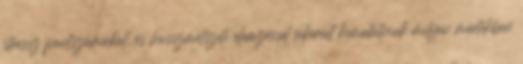
stressz pontszámokat, és hosszmetszeti elemzéssel sikerült kimutatniuk milyen mértékben